Lunatic asylums Punjab 1881-1894 - 1881-1894
Year: 1881
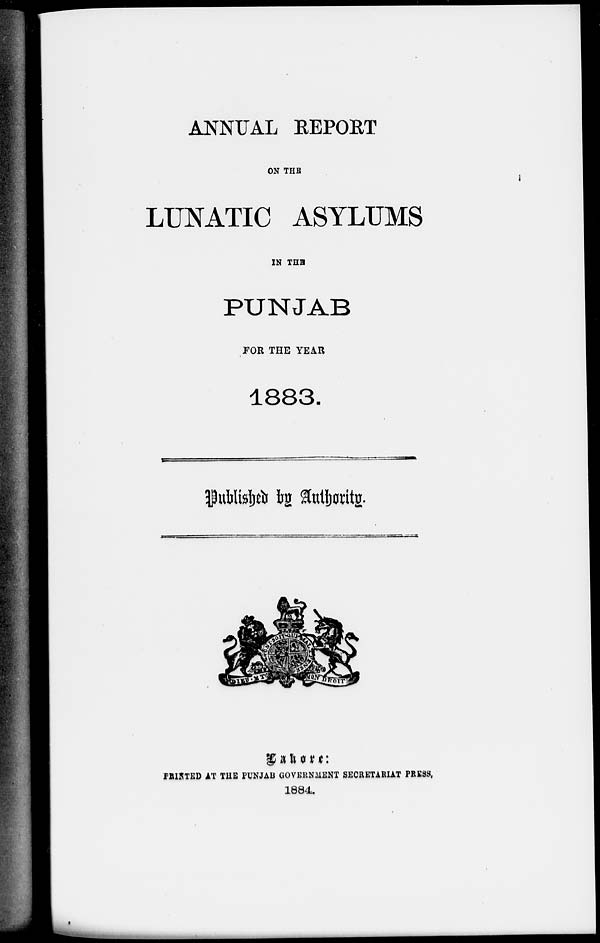
ANNUAL REPORT
ON THE
LUNATIC ASYLUMS
IN THE
PUNJAB
FOR THE YEAR
1883.
Published by Authority.
Lahore:
PRINTED AT THE PUNJAB GOVERNMENT SECRETARIAT PRESS,
1884.